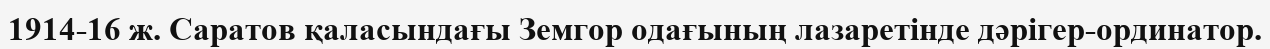
1914-16 ж. Саратов қаласындағы Земгор одағының лазаретінде дәрігер-ординатор.